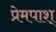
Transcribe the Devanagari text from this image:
प्रेमपाश्